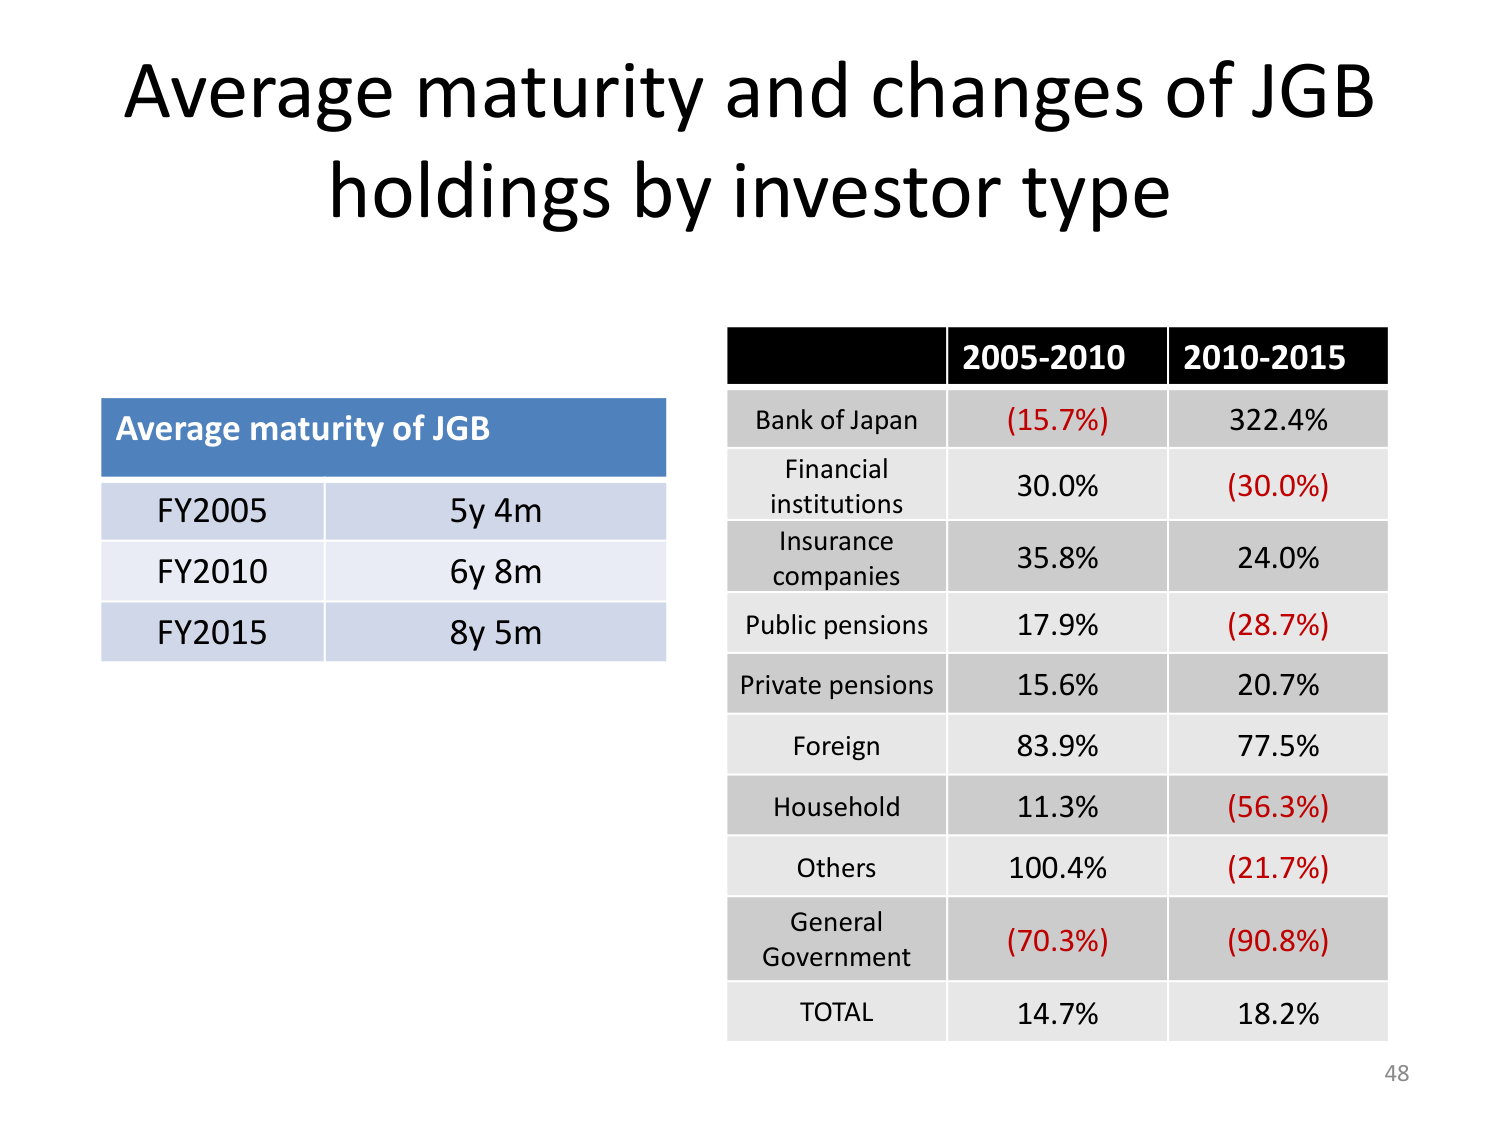
Average maturity and changes of JGB holdings by investor type

Average maturity of JGB
FY2005    5y 4m
FY2010    6y 8m
FY2015    8y 5m

2005-2010    2010-2015
Bank of Japan    (15.7%)    322.4%
Financial institutions    30.0%    (30.0%)
Insurance companies    35.8%    24.0%
Public pensions    17.9%    (28.7%)
Private pensions    15.6%    20.7%
Foreign    83.9%    77.5%
Household    11.3%    (56.3%)
Others    100.4%    (21.7%)
General Government    (70.3%)    (90.8%)
TOTAL    14.7%    18.2%

48